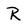
Character: R